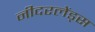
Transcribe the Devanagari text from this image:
नीदरलेंड्स